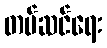
တပ်ဆင်ရေး